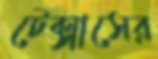
টেক্সাসের